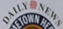
DAILYNEWS